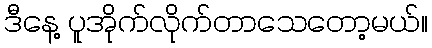
ဒီနေ့ ပူအိုက်လိုက်တာသေတော့မယ်။